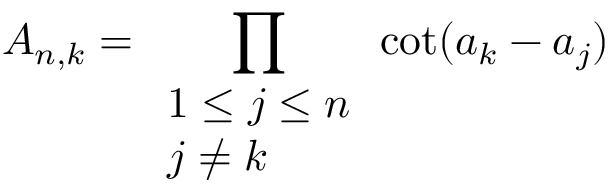
A _ { n , k } = \prod _ { \begin{array} { l } { 1 \leq j \leq n } \\ { j \neq k } \end{array} } \cot ( a _ { k } - a _ { j } )